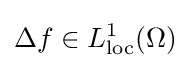
\Delta f\in L_{\operatorname {loc} }^{1}(\Omega )